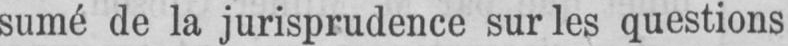
sumé de la jurisprudence sur les questions